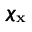
\pmb { \chi } _ { \mathbf { x } }